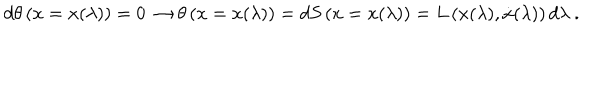
d \theta \left( x = x ( \lambda ) \right) = 0 \, \rightarrow \theta \left( x = x ( \lambda ) \right) = d S \left( x = x ( \lambda ) \right) = L \left( x ( \lambda ) , \dot { x } ( \lambda ) \right) d \lambda \ .